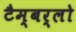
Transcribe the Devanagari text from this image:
टैम्बर्लो